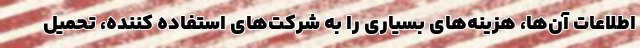
اطلاعات آن‌ها، هزینه‌های بسیاری را به شرکت‌های استفاده کننده، تحمیل